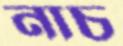
নাচ